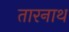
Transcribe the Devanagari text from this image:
तारनाथ